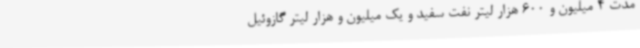
مدت 4 میلیون و 600 هزار لیتر نفت سفید و یک میلیون و هزار لیتر گازوئیل